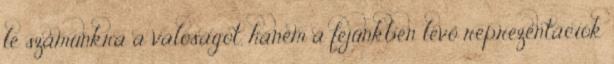
le számunkra a valóságot, hanem a fejünkben levő reprezentációk